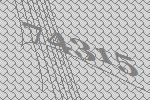
74315